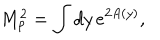
M _ { p } ^ { 2 } = \int d y \, e ^ { 2 A \left( y \right) } ,